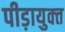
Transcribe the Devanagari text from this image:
पीड़ायुक्‍त